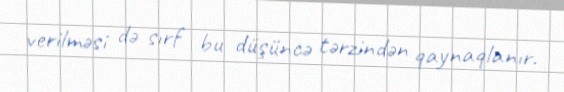
verilməsi də sırf bu düşüncə tərzindən qaynaqlanır.